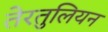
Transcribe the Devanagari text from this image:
तेरतुलियन